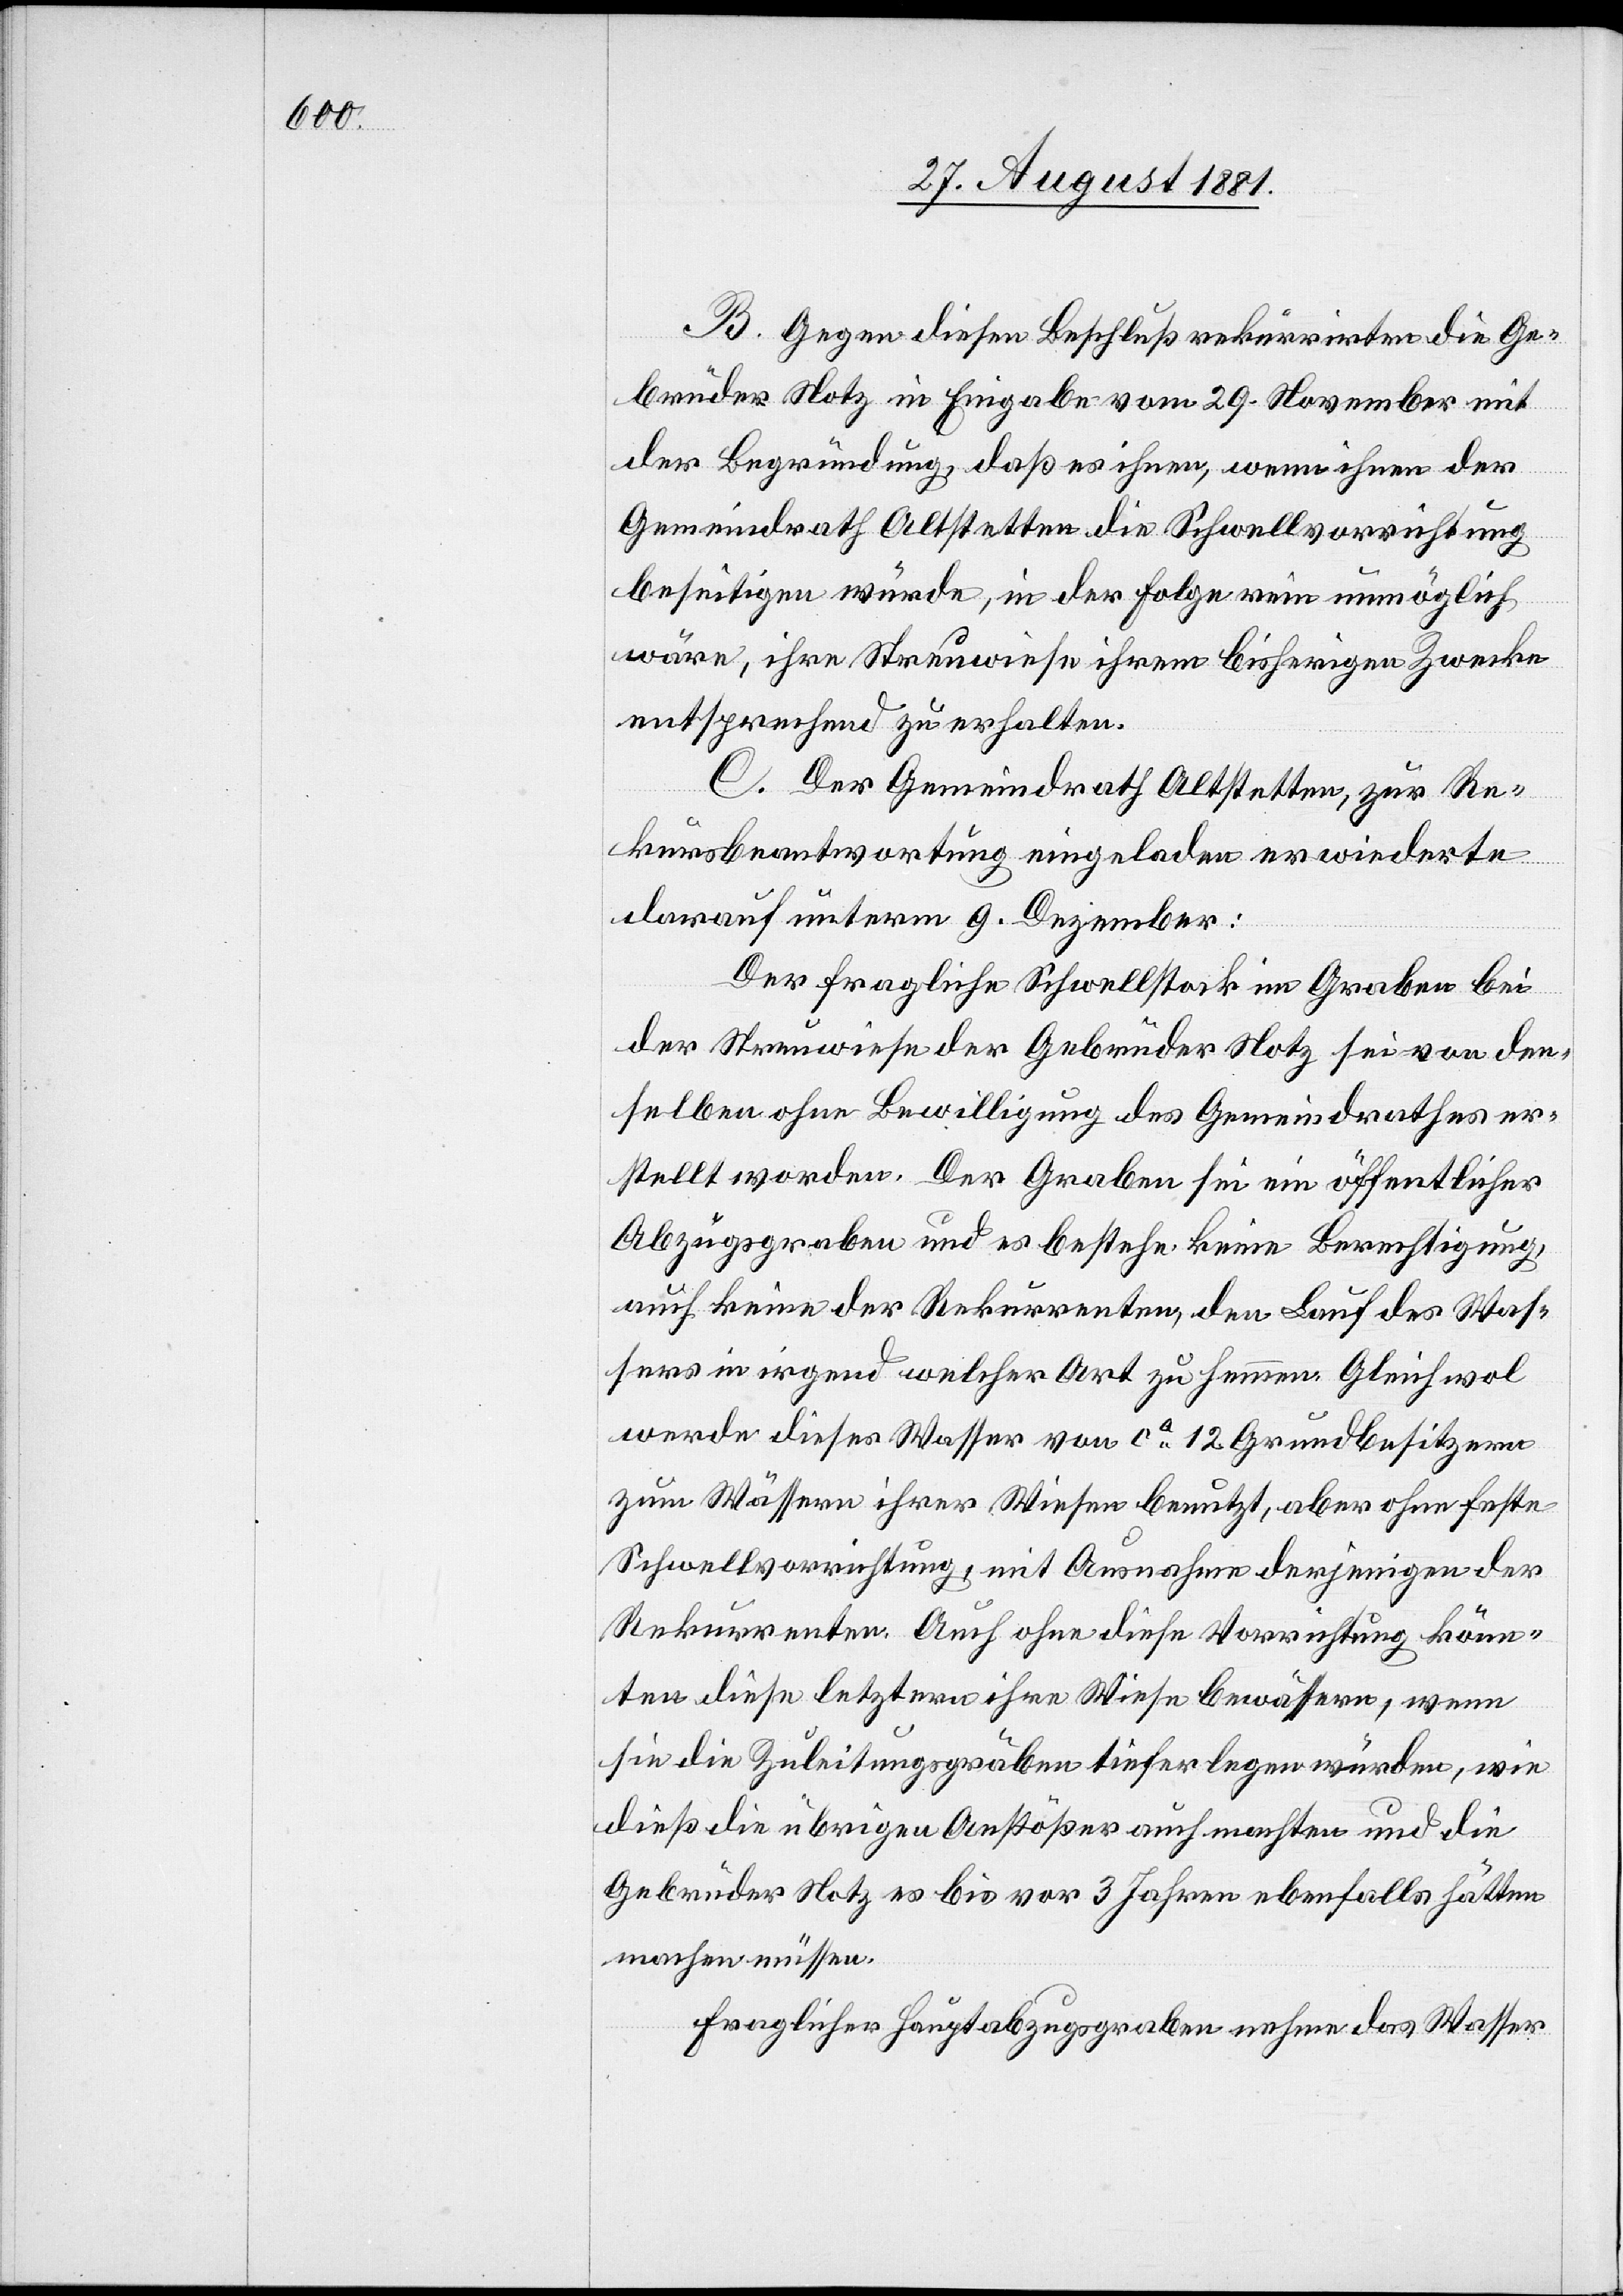
B. Gegen diesen Beschluß rekurrirten die Ge¬
brüder Notz in Eingabe vom 29. November mit
der Begründung, daß es ihnen, wenn ihnen der
Gemeindrath Altstetten die Schwellvorrichtung
beseitigen würde, in der Folge rein unmöglich
wäre, ihre Streuwiese ihrem bisherigen Zwecke
entsprechen zu erhalten.
C. Der Gemeindrath Altstetten, zur Re¬
kursbeantwortung eingeladen erwiederte
darauf unterm 9. Dezember:
Der fragliche Schwellstock im Graben bei
der Streuwiese der Gebrüder Notz sei von den¬
selben ohne Bewilligung des Gemeindrathes er¬
stellt worden. Der Graben sei ein öffentlicher
Abzugsgraben und es bestehe keine Berechtigung,
auch keine der Rekurrenten, den Lauf des Was¬
sers in irgend welcher Art zu hemmen. Gleichwol
werde dieses Wasser von ca 12 Grundbesitzern
zum Wässern ihrer Wiesen benutzt, aber ohne feste
Schwellvorrichtung, mit Ausnahme derjenigen der
Rekurrenten. Auch ohne diese Vorrichtungen könn¬
ten diese letztern ihre Wiese bewässern, wenn
sie die Zuleitungsgräben tiefer legen würden, wie
dieß die übrigen Anstößer auch machten und die
Gebrüder Notz es bis vor 3 Jahren ebenfalls hätten
machen müssen.
Fraglicher Hauptabzugsgraben nehme das Wasser